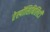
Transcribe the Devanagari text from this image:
रेस्पोंसिबिलिटी